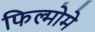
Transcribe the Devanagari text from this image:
फिल्मोमे